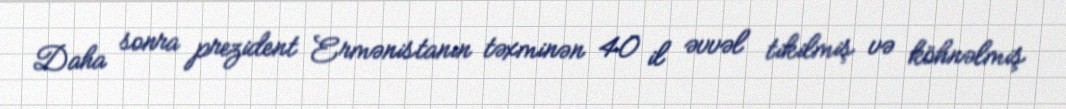
Daha sonra prezident Ermənistanın təxminən 40 il əvvəl tikilmiş və köhnəlmiş